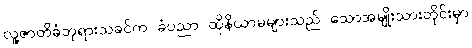
လူ့ဇာတိခံဘုရားသခင်က ခံပညာ ထိုနိယာမများသည် သောအမျိုးသားတိုင်းမှာ